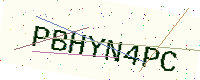
Text: PBHYN4PC